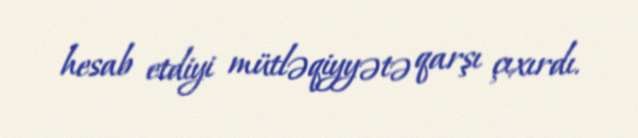
hesab etdiyi mütləqiyyətə qarşı çıxırdı.